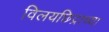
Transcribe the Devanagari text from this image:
विलयछिद्राच्या